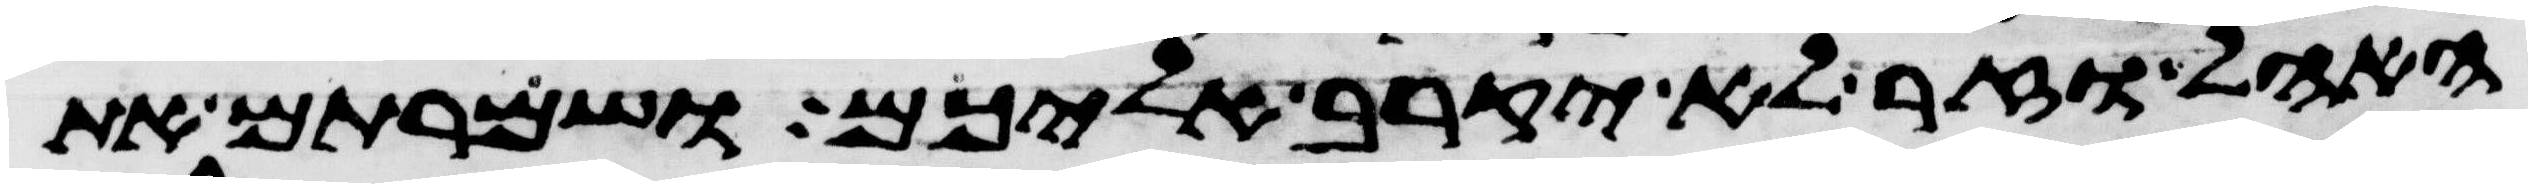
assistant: האהל וזר לא יקרב אליכם ושמרתם את